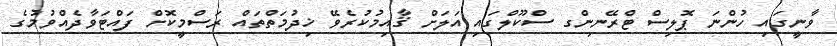
ވާނީގައި ހުންނަ ޕޮލިސް ޓްރޭނިންގ ސްކޫލްގައި އަލަށް ޤާއިމުކުރެވޭ ޚިދުމަތްތައް ރަސްމީކޮށް ފައްޓަވާދެއްވުމުގެ